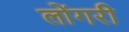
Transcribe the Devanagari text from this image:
लोंगरी